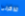
تذكرنى